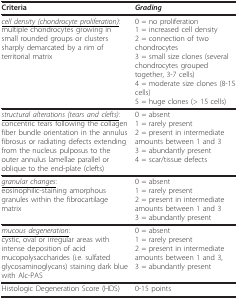
<table><thead><tr><td><b>Criteria</b></td><td><b><i>Grading</i></b></td></tr></thead><tbody><tr><td><i><underline>cell density (chondrocyte proliferation)</underline></i>:multiple chondrocytes growing in small rounded groups or clusters sharply demarcated by a rim of territorial matrix</td><td>0 = no proliferation1 = increased cell density2 = connection of two chondrocytes3 = small size clones (several chondrocytes groupedtogether, 3-7 cells)4 = moderate size clones (8-15 cells)5 = huge clones (&gt; 15 cells)</td></tr><tr><td><i><underline>structural alterations (tears and clefts)</underline></i>:concentric tears following the collagen fiber bundle orientation in the annulus fibrosus or radiating defects extending from the nucleus pulposus to the outer annulus lamellae parallel or oblique to the end-plate (clefts)</td><td>0 = absent1 = rarely present2 = present in intermediate amounts between 1 and 33 = abundantly present4 = scar/tissue defects</td></tr><tr><td><i><underline>granular changes</underline></i>:eosinophilic-staining amorphous granules within the fibrocartilage matrix</td><td>0 = absent1 = rarely present2 = present in intermediate amounts between 1 and 33 = abundantly present</td></tr><tr><td><i><underline>mucous degeneration</underline></i>:cystic, oval or irregular areas with intense deposition of acid mucopolysaccharides (i.e. sulfated glycosaminoglycans) staining dark blue with Alc-PAS</td><td>0 = absent1 = rarely present2 = present in intermediate amounts between 1 and 3,3 = abundantly present</td></tr><tr><td>Histologic Degeneration Score (HDS)</td><td>0-15 points</td></tr></tbody></table>